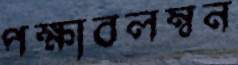
পক্ষাবলম্বন